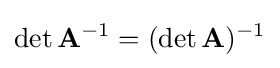
\det \mathbf {A} ^{-1}=(\det \mathbf {A} )^{-1}